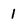
Character: 1